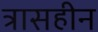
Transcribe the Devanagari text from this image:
त्रासहीन